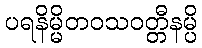
ပရနိမ္မိတဝသဝတ္တီနမ္ပိ